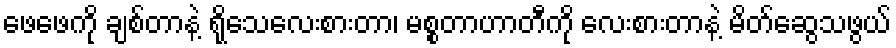
ဖေဖေကို ချစ်တာနဲ့ ရိုသေလေးစားတာ၊ မစ္စတာဟာတီကို လေးစားတာနဲ့ မိတ်ဆွေသဖွယ်